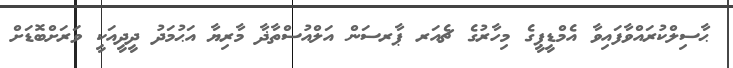
ޙާސިލްކުރައްވާފައިވާ އެމްޑީޕީގެ މިހާރުގެ ޗެއަރ ޕާރސަން އަލްއުސްތާޛާ މާރިޔާ އަޙުމަދު ދީދީއަކީ ވަރަށްބޮޑަށް